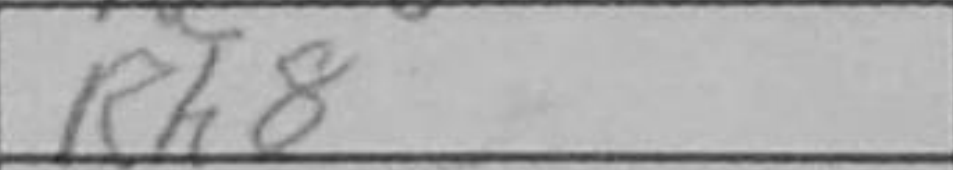
Transcription: Rh8